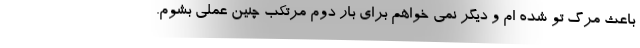
باعث مرگ تو شده ام و دیگر نمی خواهم برای بار دوم مرتکب چنین عملی بشوم.